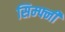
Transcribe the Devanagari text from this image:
सिम्फ्नी